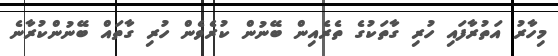
މިހާރު އަތުރާފައި ހުރި ގާތަކުގެ ތެރެއިން ބޭނުން ކުރެވެން ހުރި ގާތައް ބޭނުންކުރާނެ